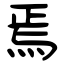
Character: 焉